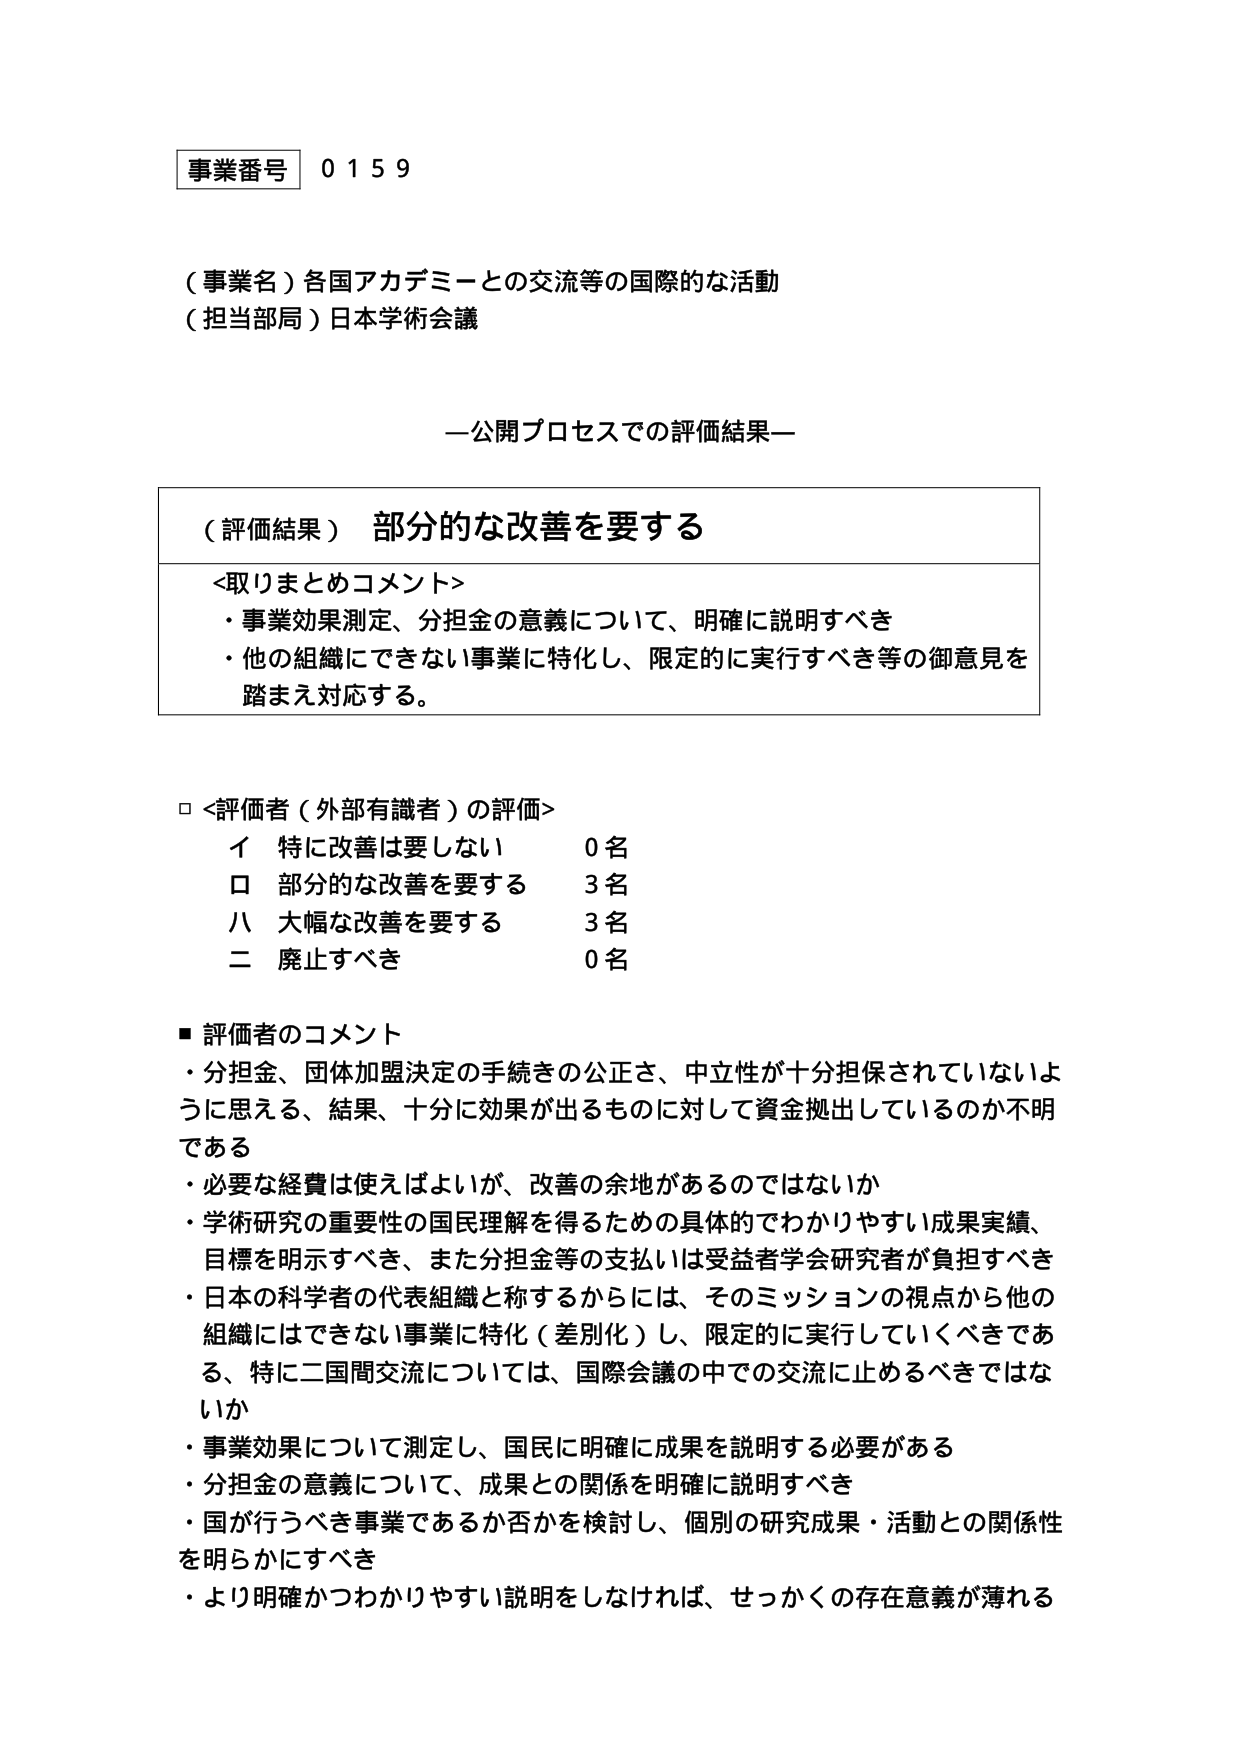
事業番号 0159

（事業名）各国アカデミーとの交流等の国際的な活動
（担当部局）日本学術会議

—公開プロセスでの評価結果—

（評価結果） 部分的な改善を要する

<取りまとめコメント>
・事業効果測定、分担金の意義について、明確に説明すべき
・他の組織にできない事業に特化し、限定的に実行すべき等の御意見を踏まえ対応する。

□ <評価者（外部有識者）の評価>
　イ 特に改善は要しない　　　　　0名
　ロ 部分的な改善を要する　　　　3名
　ハ 大幅な改善を要する　　　　　3名
　ニ 廃止すべき　　　　　　　　　0名

■ 評価者のコメント
・分担金、団体加盟決定の手続きの公正さ、中立性が十分担保されていないように思える、結果、十分に効果が出るものに対して資金拠出しているのか不明である
・必要な経費は使えばよいが、改善の余地があるのではないか
・学術研究の重要性の国民理解を得るための具体的でわかりやすい成果実績、目標を明示すべき、また分担金等の支払いは受益者学会研究者が負担すべき
・日本の科学者の代表組織と称するからには、そのミッションの視点から他の組織にはできない事業に特化（差別化）し、限定的に実行していくべきである、特に二国間交流については、国際会議の中での交流に止めるべきではないか
・事業効果について測定し、国民に明確に成果を説明する必要がある
・分担金の意義について、成果との関係を明確に説明すべき
・国が行うべき事業であるか否かを検討し、個別の研究成果・活動との関係性を明らかにすべき
・より明確かつわかりやすい説明をしなければ、せっかくの存在意義が薄れる